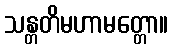
သန္တတိမဟာမတ္တော။